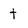
Character: t